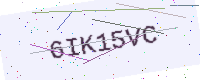
Text: 6IK15VC